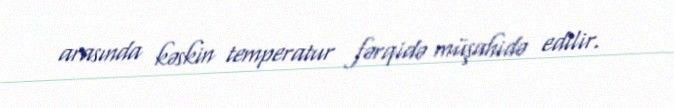
arasında kəskin temperatur fərqidə müşahidə edilir.